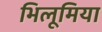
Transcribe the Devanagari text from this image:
भिलूमिया